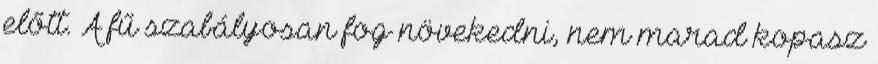
előtt. A fű szabályosan fog növekedni, nem marad kopasz